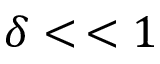
\delta < \, < 1